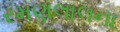
રમણલાલના